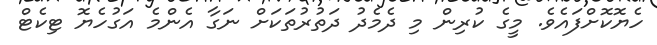
ހެޔޮކޮށްފައެވެ. މީގެ ކުރިން މި ދެމެދު ދަތުރުތަކަށް ނަގާ އެންމެ އަގުހެޔޮ ޓިކެޓް